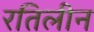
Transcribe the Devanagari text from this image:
रतिलीन